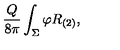
\frac { Q } { 8 \pi } \int _ { \Sigma } \varphi R _ { ( 2 ) } ,